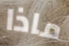
ماذا